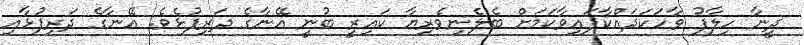
ދީނާ ހިލާފު ވާހަކަދައްކާފައިވާކަމަށް ބެލެނިވެރިޔާ ކައިރީ ބުނީ އޭނާގެ ދަރިފުޅެވެ. އޭނާގެ ދަރިފުޅާއި